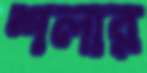
শলার